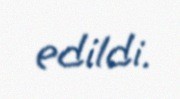
edildi.